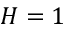
H = 1